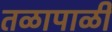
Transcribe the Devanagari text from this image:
तळापाळी